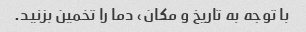
با توجه به تاریخ و مکان، دما را تخمین بزنید.